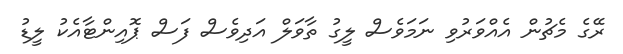
ރޭގެ މެޗުން އެއްވަރުވި ނަމަވެސް ލީގު ތާވަލް އަދިވެސް ފަސް ޕޮއިންޓާއެކު ލީޑު